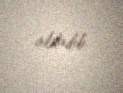
aldadıb.